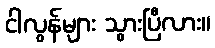
ငါလွန်များ သွားပြီလား။